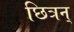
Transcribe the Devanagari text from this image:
छित्रन्